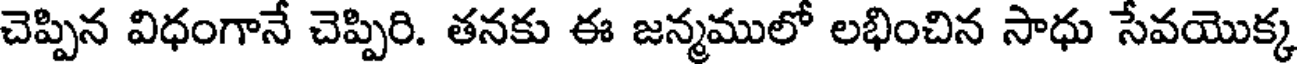
చెప్పిన విధంగానే చెప్పిరి. తనకు ఈ జన్మములో లభించిన సాధు సేవయొక్క